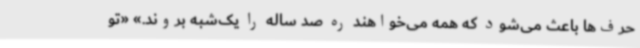
حرف‌ها باعث می‌شود که همه می‌خواهند ره صد ساله را یک‌شبه بروند.» «تو